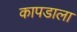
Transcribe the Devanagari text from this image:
कापडाला